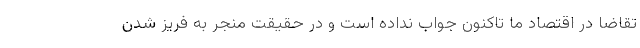
تقاضا در اقتصاد ما تاکنون جواب نداده است و در حقیقت منجر به فریز شدن